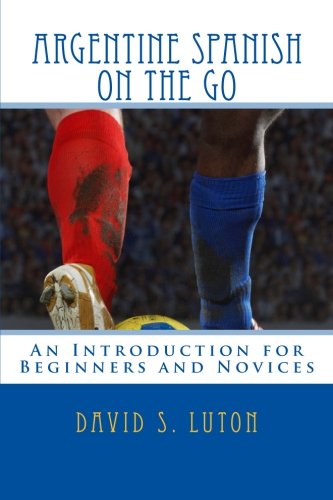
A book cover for Argentine Spanish on the Go: An Introduction for Beginners and Novices; David S. Luton; Travel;